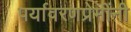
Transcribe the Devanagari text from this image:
पर्यावरणप्रेमींनी